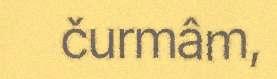
čurmâm,